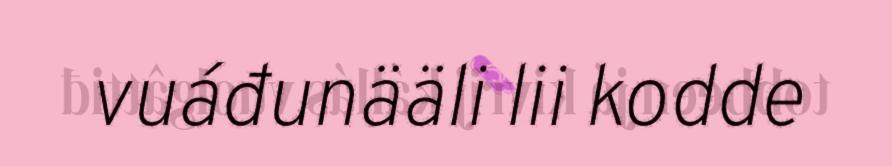
vuáđunääli lii kodde